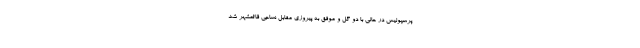
پرسپولیس در حالی با دو گل و موفق به پیروزی مقابل نساجی قائمشهر شد